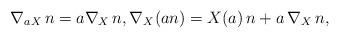
LaTeX: \begin{align*} \nabla_{aX} \,n = a\nabla_X\, n, \nabla_X(an) = X(a)\, n + a \,\nabla_X \,n,\end{align*}